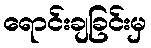
ရောင်းချခြင်းမှ